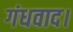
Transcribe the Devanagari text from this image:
गंधवाद।